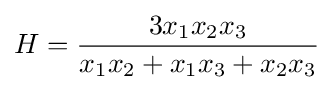
H={\frac {3x_{1}x_{2}x_{3}}{x_{1}x_{2}+x_{1}x_{3}+x_{2}x_{3}}}